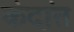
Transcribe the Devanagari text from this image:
कंदांत